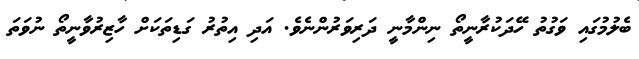
ބެލުމުގައި ވަގުތު ހޭދަކުރާނީތޯ ނިންމާނީ ދަރިވަރުންނެވެ. އަދި އިތުރު ގަޑިތަކަށް ހާޒިރުވާނީތޯ ނުވަތަ